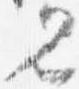
見